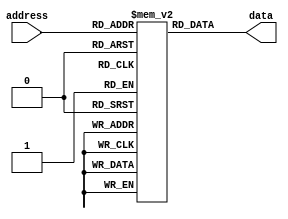
module PROM (
    input wire [7:0] address,
    output reg [7:0] data
);

reg [7:0] memory [0:255]; // Array of memory blocks

initial begin
    // Initialize memory blocks with desired data values
    memory[0] = 8'b00000000; // Example data value
    // Add more initializations for other memory blocks here
end

always @(*) begin
    // Control logic to select memory block based on input address
    data = memory[address];
end

endmodule